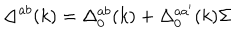
\Delta ^ { a b } ( k ) = \Delta _ { 0 } ^ { a b } ( k ) + \Delta _ { 0 } ^ { a a ^ { \prime } } ( k ) { \Sigma }